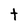
Character: t